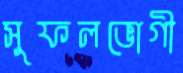
সুফলভোগী